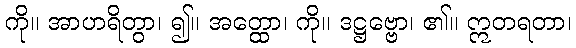
ကို။ အာဟရိတွာ၊ ၍။ အတ္ထော၊ ကို။ ဒဋ္ဌဗ္ဗော၊ ၏။ ဣတရတာ၊